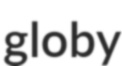
globy